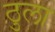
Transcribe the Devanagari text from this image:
ठुला